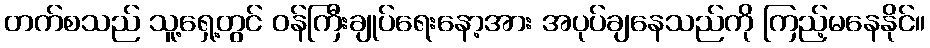
တက်စသည် သူ့ရှေ့တွင် ဝန်ကြီးချုပ်ရေးနော့အား အပုပ်ချနေသည်ကို ကြည့်မနေနိုင်။